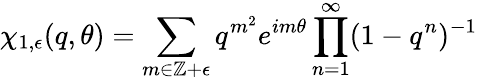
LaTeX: \chi_{1,\epsilon}(q,\theta)=\sum_{m\in\mathbb{Z}+\epsilon}q^{m^{2}}e^{im\theta}\prod_{n=1}^{\infty}(1-q^{n})^{-1}